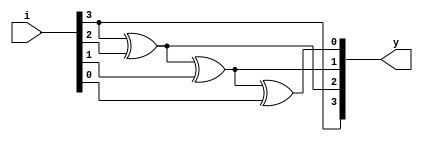
`timescale 1ns / 1ps
module gray2bin(i,y);
input [3:0]i;
output [3:0]y;
buf u1(y[3],i[3]);
xor u2(y[2],y[3],i[2]);
xor u3(y[1],y[2],i[1]);
xor u4(y[0],y[1],i[0]);
endmodule